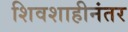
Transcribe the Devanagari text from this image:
शिवशाहीनंतर